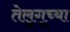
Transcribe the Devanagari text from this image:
तेलुगूच्या